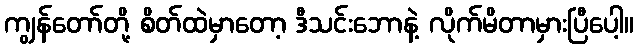
ကျွန်တော်တို့ စိတ်ထဲမှာတော့ ဒီသင်းဘောနဲ့ လိုက်မိတာမှားပြီပေါ့။